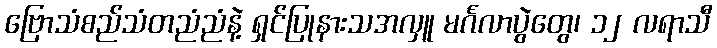
ဗြောသံစည်သံတညံညံနဲ့ ရှင်ပြုနားသအလှူ မင်္ဂလာပွဲတွေ၊ ၁၂ လရာသီ